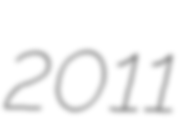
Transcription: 2011